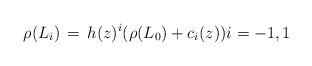
LaTeX: \begin{align*}\rho(L_i)\,=\, h(z)^i( \rho(L_0) + c_i(z)) i=-1,1 \end{align*}